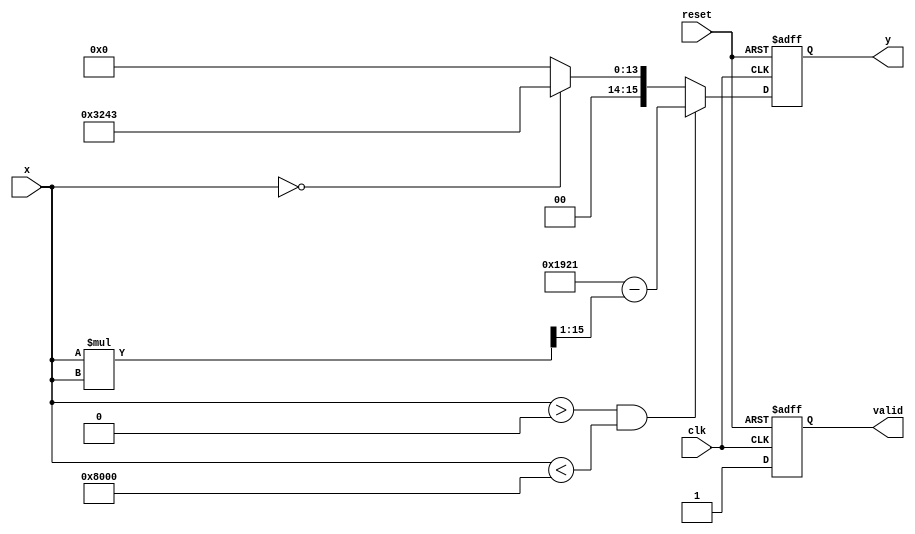
module acos_block #(
    parameter N = 16, // Input width (bits)
    parameter M = 16   // Output width (bits)
)(
    input wire clk,              // Clock signal
    input wire reset,            // Reset signal
    input wire [N-1:0] x,       // Input value (fixed-point in range [-1, 1])
    output reg [M-1:0] y,        // Output value (fixed-point in range [0, ])
    output reg valid             // Output valid signal
);

    // Constants for  and scaling
    localparam [M-1:0] PI = 16'h3243; // Approximation of  (scaled)
    localparam [N-1:0] MAX_INPUT = 16'h8000; // Corresponds to -1
    localparam [N-1:0] MIN_INPUT = 16'h0000; // Corresponds to 0
    localparam [N-1:0] MAX_OUTPUT = PI; // Corresponds to 

    // Polynomial coefficients for approximation (example: a simple polynomial)
    reg [M-1:0] result;

    // Polynomial approximation function
    function [M-1:0] acos_approx;
        input [N-1:0] x;
        reg [M-1:0] temp;
        begin
            // Example polynomial: acos(x) ~ /2 - sqrt(1-x^2) (for x in [0, 1])
            if (x > MIN_INPUT && x < MAX_INPUT) begin
                temp = (x * x) >> 1; // x^2 / 2
                acos_approx = (PI >> 1) - (temp); // /2 - (x^2 / 2)
            end else if (x == MIN_INPUT) begin
                acos_approx = PI; // acos(-1) = 
            end else if (x == MAX_INPUT) begin
                acos_approx = 0; // acos(1) = 0
            end else begin
                acos_approx = 0; // Invalid input, return 0
            end
        end
    endfunction

    // Sequential logic
    always @(posedge clk or posedge reset) begin
        if (reset) begin
            y <= 0;
            valid <= 0;
        end else begin
            // Compute the result
            result = acos_approx(x);
            y <= result;
            valid <= 1; // Indicate output is valid
        end
    end

endmodule